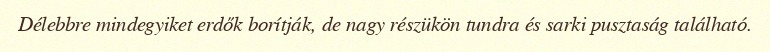
Délebbre mindegyiket erdők borítják, de nagy részükön tundra és sarki pusztaság található.